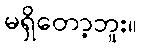
မရှိတော့ဘူး။